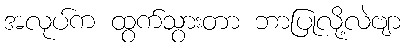
အလုပ်က ထွက်သွားတာ ဘာပြုလို့လဲဗျာ